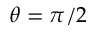
\theta = \pi / 2